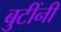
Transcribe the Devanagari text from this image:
बुटींनी